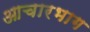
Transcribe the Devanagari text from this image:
आचारभाग